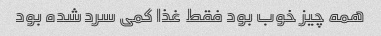
همه چیز خوب بود فقط غذا کمی سرد شده بود